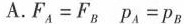
A.$$F_{A} = F_{B}$$ $$p_{A} = p_{B}$$